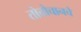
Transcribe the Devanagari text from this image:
तोत्तोचानचे